Indian journal of veterinary science and animal husbandry - Volume 3,
Year: 1933
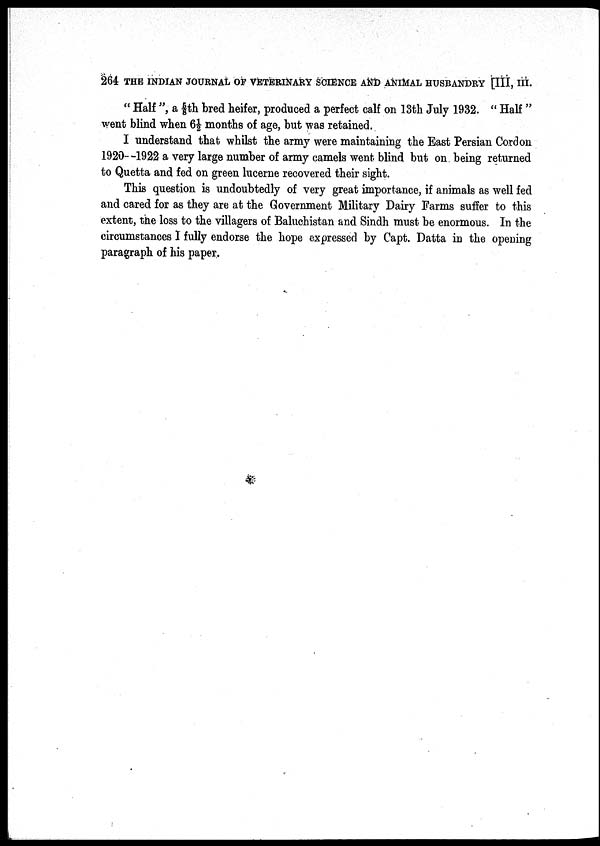
264 THE INDIAN JOURNAL OF VETERINARY SCIENCE AND ANIMAL HUSBANDRY [III, III.
" Half ", a ⅝th bred heifer, produced a perfect calf on 13th July 1932. " Half"
went blind when 6½ months of age, but was retained.
I understand that whilst the army were maintaining the East Persian Cordon
1920- -1922 a very large number of army camels went blind but on being returned
to Quetta and fed on green lucerne recovered their sight.
This question is undoubtedly of very great importance, if animals as well fed
and cared for as they are at the Government Military Dairy Farms suffer to this
extent, the loss to the villagers of Baluchistan and Sindh must be enormous. In the
circumstances I fully endorse the hope expressed by Capt. Datta in the opening
paragraph of his paper.